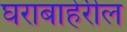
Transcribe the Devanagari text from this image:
घराबाहेरील